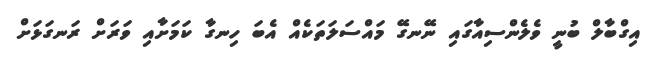
އިގްބާލް ބުނީ ވެލެންސިއާގައި ނޭނގޭ މައްސަލަތަކެއް އެބަ ހިނގާ ކަމަށާއި ވަރަށް ރަނގަޅަށް